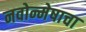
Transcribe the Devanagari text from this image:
नवोन्मेषाचा